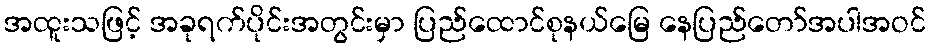
အထူးသဖြင့် အခုရက်ပိုင်းအတွင်းမှာ ပြည်ထောင်စုနယ်မြေ နေပြည်တော်အပါအဝင်